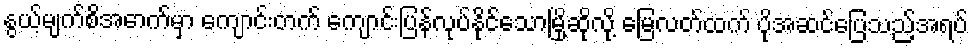
နွယ့်မျက်စိအောက်မှာ ကျောင်းတက် ကျောင်းပြန်လုပ်နိုင်သောမြို့ဆိုလို့ မြေလတ်ထက် ပိုအဆင်ပြေသည့်အရပ်